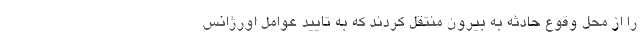
را از محل وقوع حادثه به بیرون منتقل کردند که به تایید عوامل اورژانس